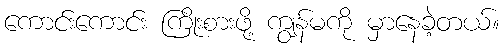
ကောင်းကောင်း ကြိုးစားဖို့ ကျွန်မကို မှာနေခဲ့တယ်။